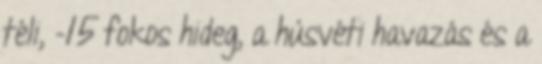
téli, -15 fokos hideg, a húsvéti havazás és a